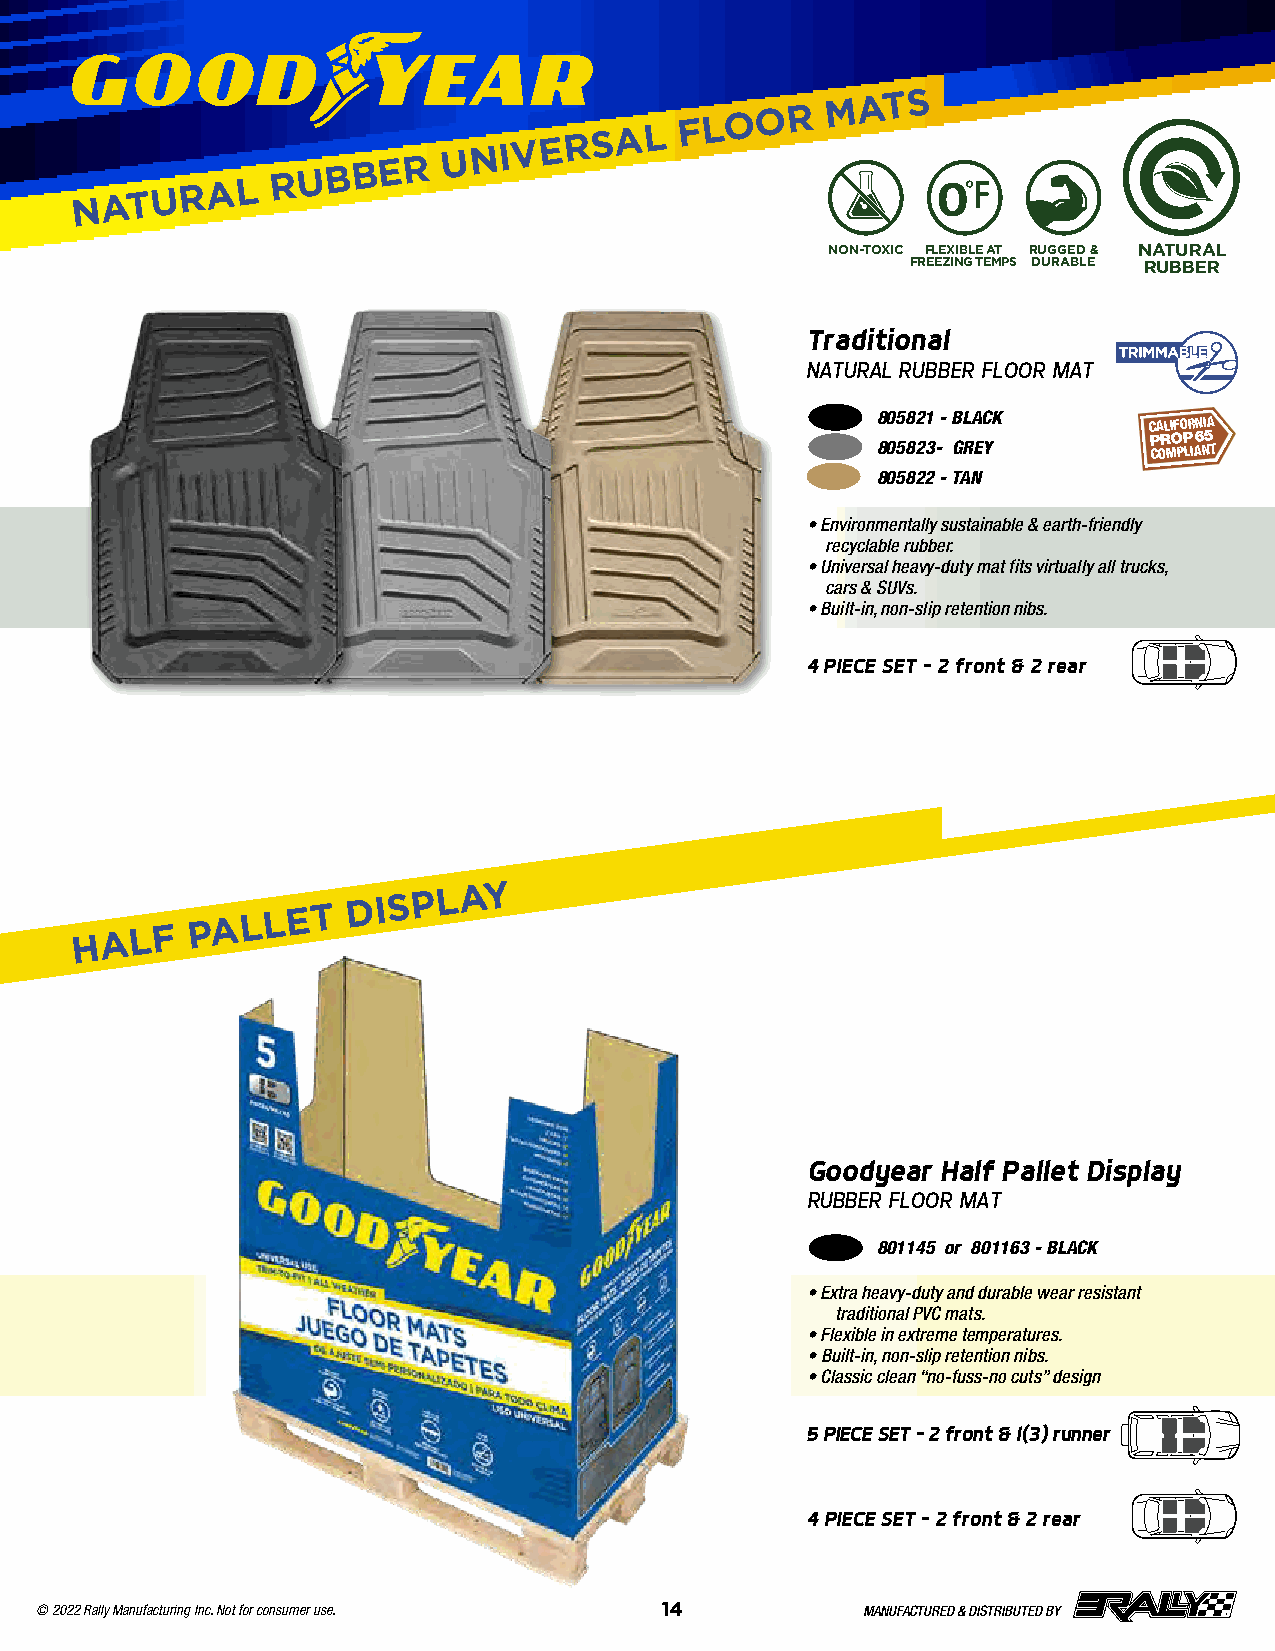
NATURAL
 RUBBER
 UNIVERSAL
 FLOOR
 MATS
 NON-TOXIC FLEXIBLE AT RUGGED & NATURAL
 FREEZING TEMPS DURABLE RUBBER
 Traditional
 NATURAL RUBBER FLOOR MAT
 805821 - BLACK    CALIFORNIA
 805823- GREY      P COR MO PP LIA6 N5 T
 805822 - TAN
 • Environmentally sustainable & earth-friendly
 recyclable rubber .
 • Universal heavy-duty mat fits virtually all trucks,
 cars & SUVs .
 • Built-in, non-slip retention nibs .
 4 PIECE SET – 2 front & 2 rear
 HALF
 PALLET
 DISPLAY
 Goodyear Half Pallet Display
 RUBBER FLOOR MAT
 801145 or 801163 - BLACK
 • Extra heavy-duty and durable wear resistant
 traditional PVC mats .
 • Flexible in extreme temperatures .
 • Built-in, non-slip retention nibs .
 • Classic clean “no-fuss-no cuts” design
 5 PIECE SET – 2 front & 1(3) runner
 4 PIECE SET – 2 front & 2 rear
 © 2022 Rally Manufacturing Inc. Not for consumer use. 14 MANUFACTURED & DISTRIBUTED BY